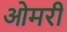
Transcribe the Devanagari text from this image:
ओमरी